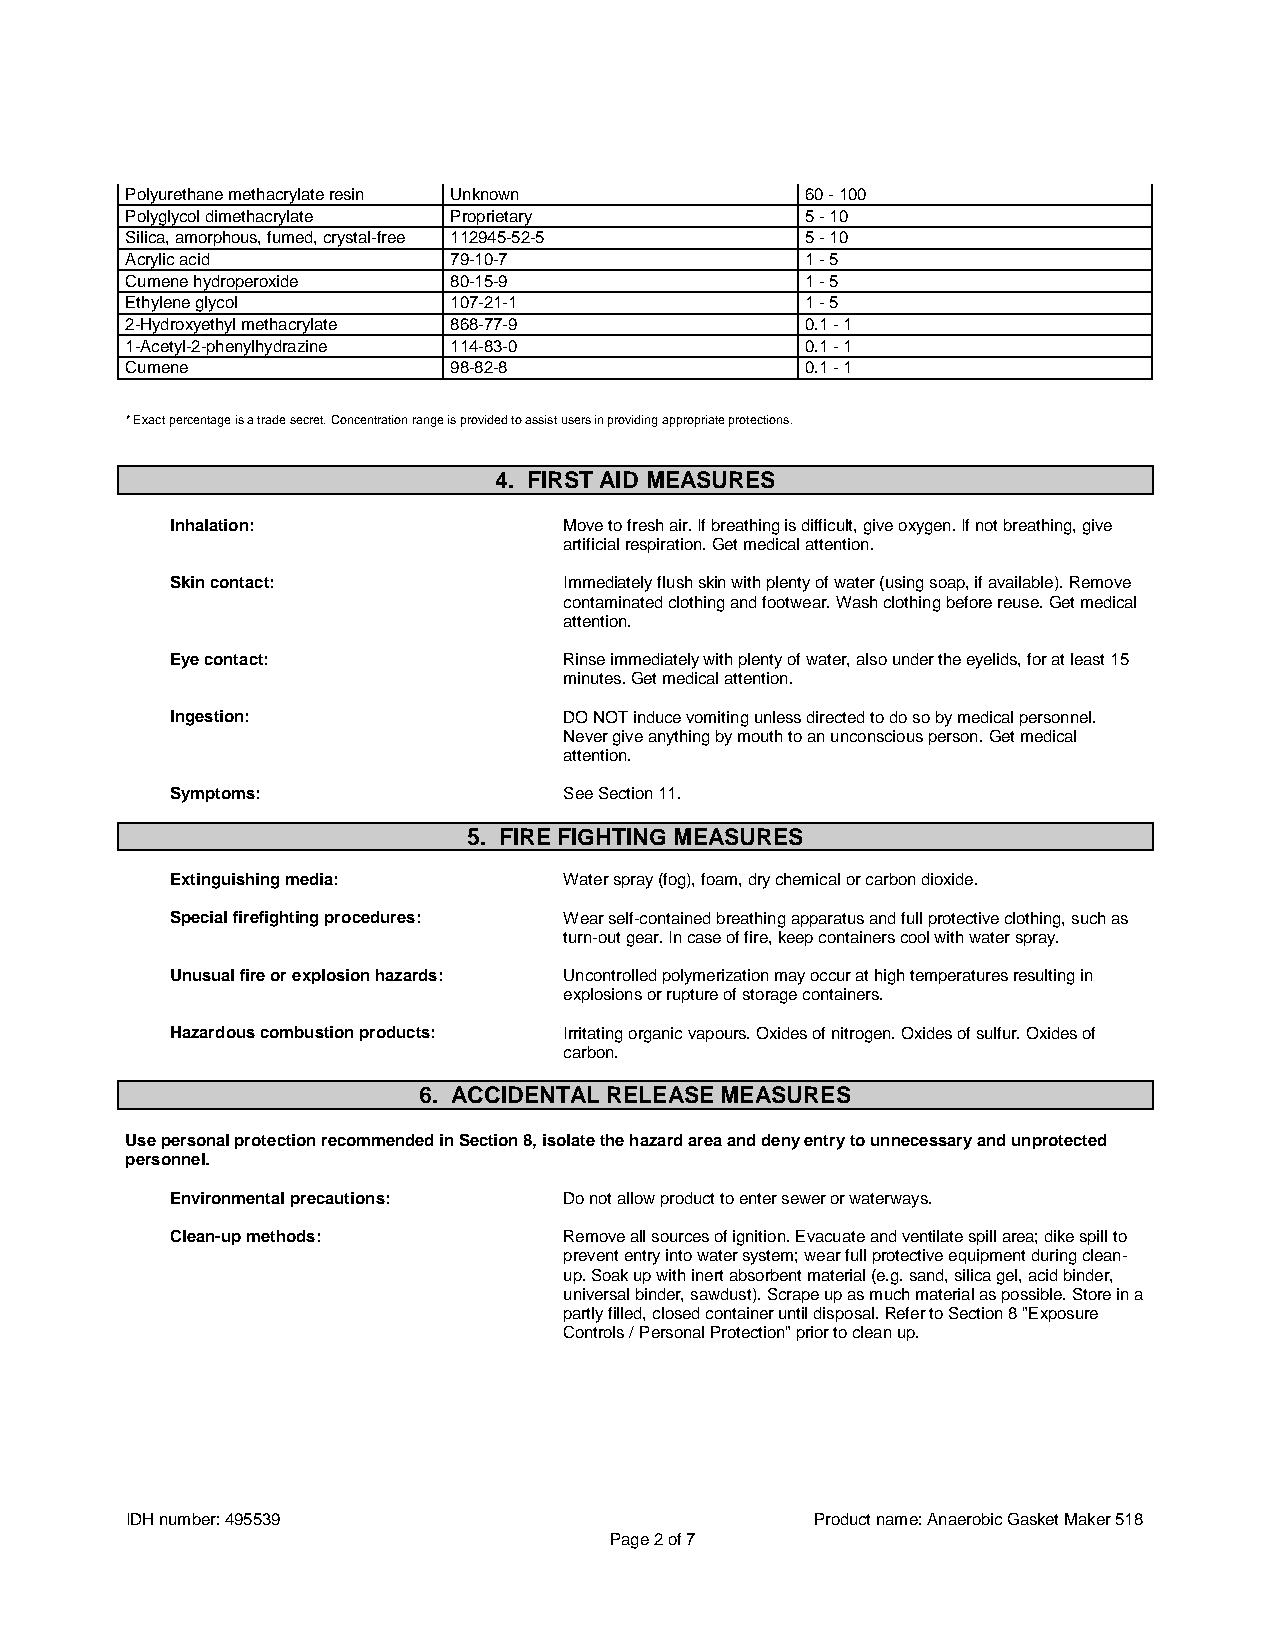
Polyurethane methacrylate resin Unknown      60 - 100
 Polyglycol dimethacrylate Proprietary        5 - 10
 Silica, amorphous, fumed, crystal-free 112945-52-5 5 - 10
 Acrylic acid          79-10-7                1 - 5
 Cumene hydroperoxide  80-15-9                1 - 5
 Ethylene glycol       107-21-1               1 - 5
 2-Hydroxyethyl methacrylate 868-77-9         0.1 - 1
 1-Acetyl-2-phenylhydrazine 114-83-0          0.1 - 1
 Cumene                98-82-8                0.1 - 1
 * Exact percentage is a trade secret. Concentration range is provided to assist users in providing appropriate protections.
 4. FIRST AID MEASURES
 Inhalation:               Move to fresh air. If breathing is difficult, give oxygen. If not breathing, give
 artificial respiration. Get medical attention.
 Skin contact:             Immediately flush skin with plenty of water (using soap, if available). Remove
 contaminated clothing and footwear. Wash clothing before reuse. Get medical
 attention.
 Eye contact:              Rinse immediately with plenty of water, also under the eyelids, for at least 15
 minutes. Get medical attention.
 Ingestion:                DO NOT induce vomiting unless directed to do so by medical personnel.
 Never give anything by mouth to an unconscious person. Get medical
 attention.
 Symptoms:                 See Section 11.
 5. FIRE FIGHTING MEASURES
 Extinguishing media:      Water spray (fog), foam, dry chemical or carbon dioxide.
 Special firefighting procedures: Wear self-contained breathing apparatus and full protective clothing, such as
 turn-out gear. In case of fire, keep containers cool with water spray.
 Unusual fire or explosion hazards: Uncontrolled polymerization may occur at high temperatures resulting in
 explosions or rupture of storage containers.
 Hazardous combustion products: Irritating organic vapours. Oxides of nitrogen. Oxides of sulfur. Oxides of
 carbon.
 6. ACCIDENTAL RELEASE MEASURES
 Use personal protection recommended in Section 8, isolate the hazard area and deny entry to unnecessary and unprotected
 personnel.
 Environmental precautions: Do not allow product to enter sewer or waterways.
 Clean-up methods:         Remove all sources of ignition. Evacuate and ventilate spill area; dike spill to
 prevent entry into water system; wear full protective equipment during clean-
 up. Soak up with inert absorbent material (e.g. sand, silica gel, acid binder,
 universal binder, sawdust). Scrape up as much material as possible. Store in a
 partly filled, closed container until disposal. Refer to Section 8 "Exposure
 Controls / Personal Protection" prior to clean up.
 IDH number: 495539                            Product name: Anaerobic Gasket Maker 518
 Page 2 of 7